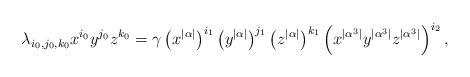
LaTeX: \begin{align*}\lambda_{i_0 ,j_0 , k_0}x^{i_0 } y^{j_0} z^{k_0} = \gamma \left( x^{|\alpha|}\right)^{i_1} \left( y^{|\alpha|} \right)^{j_1}\left( z^{|\alpha|}\right)^{k_1}\left( x^{|\alpha^3|}y^{|\alpha^3|}z^{|\alpha^3|} \right)^{i_2} ,\end{align*}